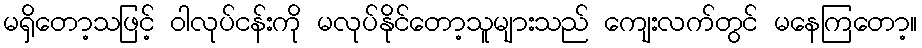
မရှိတော့သဖြင့် ဝါလုပ်ငန်းကို မလုပ်နိုင်တော့သူများသည် ကျေးလက်တွင် မနေကြတော့။